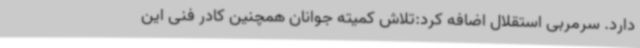
دارد. سرمربی استقلال اضافه کرد:تلاش کمیته جوانان همچنین کادر فنی این